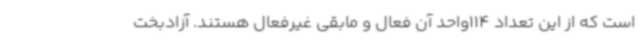
است که از این تعداد 114واحد آن فعال و مابقی غیرفعال هستند. آزادبخت